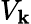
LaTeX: V_{\mathbf{k}}